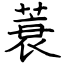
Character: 蓑